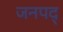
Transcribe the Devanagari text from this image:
जनपद्